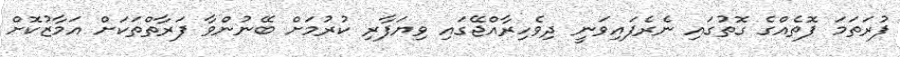
ފުރަތަމަ ފޮތެއްގެ ގޮތުގައި ނެރެފައިވަނީ ދިވެހިރާއްޖޭގައި ވިޔަފާރި ކުރުމަށް ބޭނުންވާ ފަރާތްތަކަށް އަމާޒުކޮށް